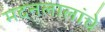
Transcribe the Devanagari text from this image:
मदनलालांचे